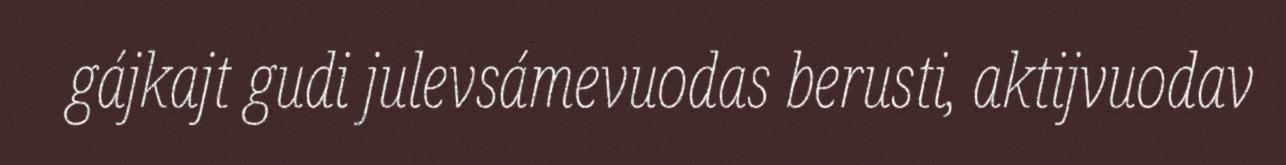
gájkajt gudi julevsámevuodas berusti, aktijvuodav